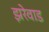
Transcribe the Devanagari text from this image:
झरेवाड